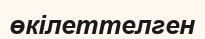
өкілеттелген